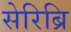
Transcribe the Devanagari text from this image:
सेरिब्रि